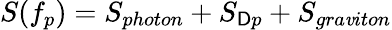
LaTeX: S(f_{p})=S_{photon}+S_{\mathsf{D}p}+S_{gra\mathit{v}iton}